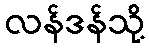
လန်ဒန်သို့